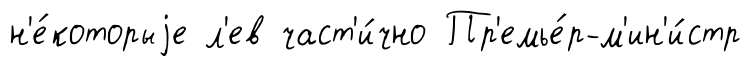
н'е́которыjе л'ев част'и́чно Пр'емье́р-м'ин'и́стр